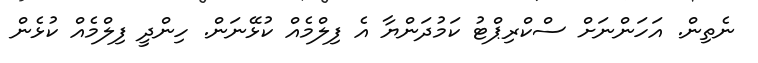
ނެތިން. އަހަންނަށް ސްކްރިޕްޓު ކަމުދަންޔާ އެ ފިލްމެއް ކުޅޭނަން. ހިންދީ ފިލްމެއް ކުޅެން